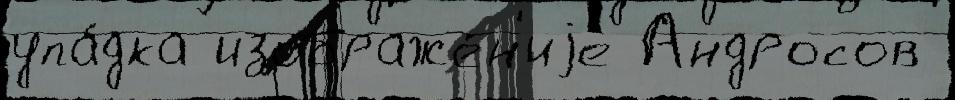
упа́дка изображе́н'иjе Андросов